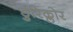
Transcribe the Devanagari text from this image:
डुरिक्लोर